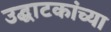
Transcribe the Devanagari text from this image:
उद्घाटकांच्या